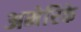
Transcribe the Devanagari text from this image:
अमेरिके